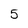
Character: 5